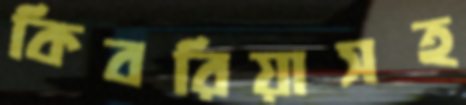
কিবরিয়াসহ